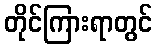
တိုင်ကြားရာတွင်